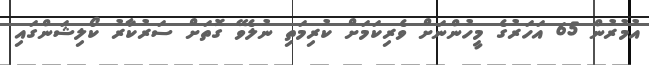
އުމުރުން 65 އަހަރުގެ މީހުންނަށް ވެރިކަމަށް ކުރިމަތި ނުލެވޭ ގޮތަށް ސަރުކާރު ކޯލިޝަންގައި